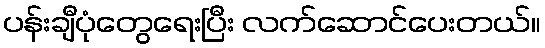
ပန်းချီပုံတွေရေးပြီး လက်ဆောင်ပေးတယ်။